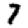
Digit: 7